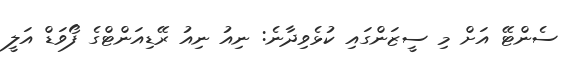
ސެންޓޭ އަށް މި ސީޒަންގައި ކުޅެވިދާނެ: ނިއު ނިއު ރޭޑިއަންޓްގެ ފޯވަޑް އަލީ